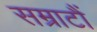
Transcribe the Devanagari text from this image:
सम्राटौं